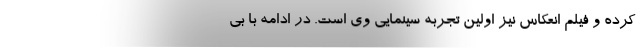
کرده و فیلم انعکاس نیز اولین تجربه سینمایی وی است. در ادامه با بی